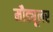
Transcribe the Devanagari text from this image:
मौड्यूलर